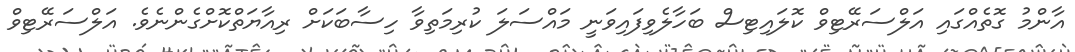
އާންމު ގޮތެއްގައި އަލްސަރޭޓިވް ކޮލައިޓިސް ބަހާލެވިފައިވަނީ މައްސަލަ ކުރިމަތިވާ ހިސާބަކަށް ރިއާޔަތްކޮށްގެންނެވެ. އަލްސަރޭޓިވް